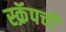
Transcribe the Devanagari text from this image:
स्क्रॅपची